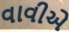
વાવીએ